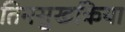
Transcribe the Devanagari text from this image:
तिनसुखकिया